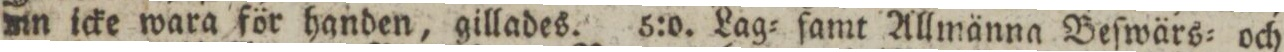
mn icke wara för handen, gillades. 5:o. Lag= ſamt Allmänna Beſwärs= och